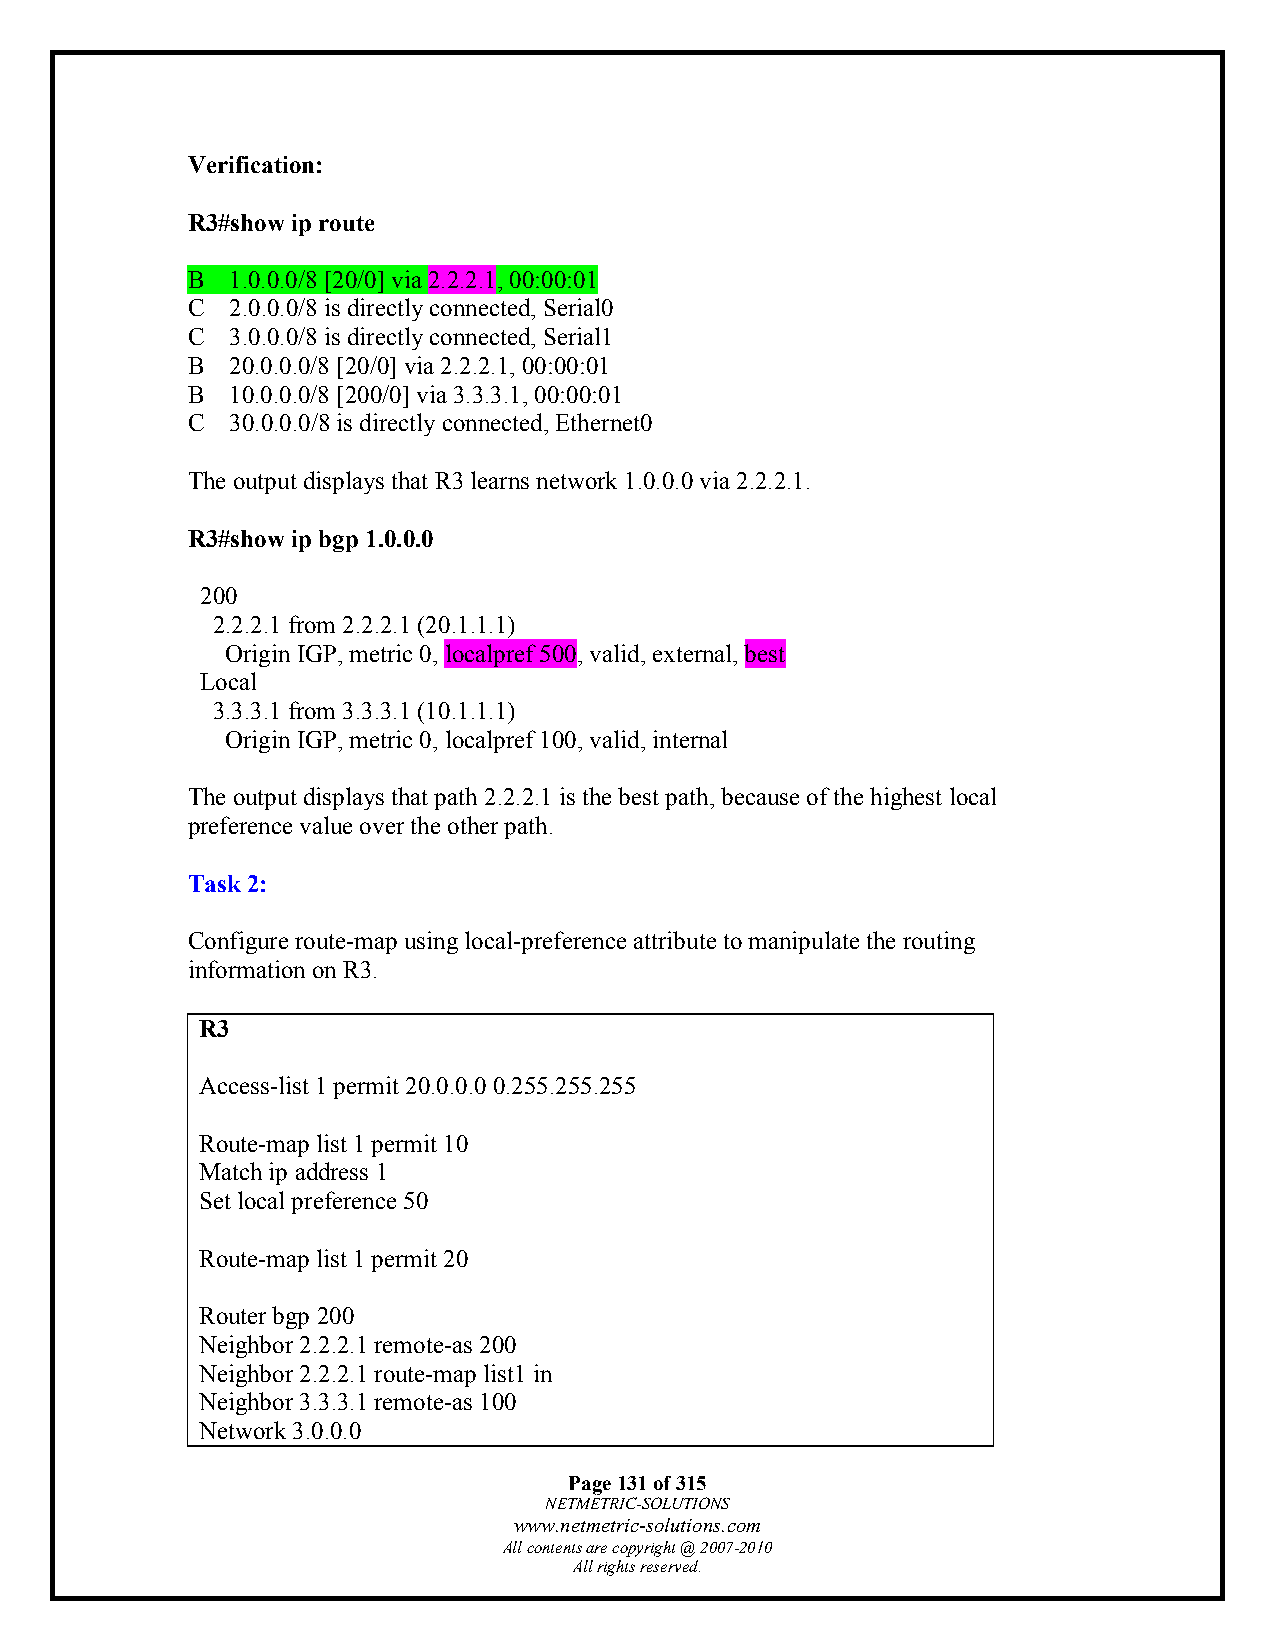
Verification:
 R3#show ip route
 B  1.0.0.0/8 [20/0] via 2.2.2.1, 00:00:01
 C  2.0.0.0/8 is directly connected, Serial0
 C  3.0.0.0/8 is directly connected, Serial1
 B  20.0.0.0/8 [20/0] via 2.2.2.1, 00:00:01
 B  10.0.0.0/8 [200/0] via 3.3.3.1, 00:00:01
 C  30.0.0.0/8 is directly connected, Ethernet0
 The output displays that R3 learns network 1.0.0.0 via 2.2.2.1.
 R3#show ip bgp 1.0.0.0
 200
 2.2.2.1 from 2.2.2.1 (20.1.1.1)
 Origin IGP, metric 0, localpref 500, valid, external, best
 Local
 3.3.3.1 from 3.3.3.1 (10.1.1.1)
 Origin IGP, metric 0, localpref 100, valid, internal
 The output displays that path 2.2.2.1 is the best path, because of the highest local
 preference value over the other path.
 Task 2:
 Configure route-map using local-preference attribute to manipulate the routing
 information on R3.
 R3
 Access-list 1 permit 20.0.0.0 0.255.255.255
 Route-map list 1 permit 10
 Match ip address 1
 Set local preference 50
 Route-map list 1 permit 20
 Router bgp 200
 Neighbor 2.2.2.1 remote-as 200
 Neighbor 2.2.2.1 route-map list1 in
 Neighbor 3.3.3.1 remote-as 100
 Network 3.0.0.0
 Page 131 of 315
 NETMETRIC-SOLUTIONS
 www.netmetric-solutions.com
 All contents are copyright @ 2007-2010
 All rights reserved.